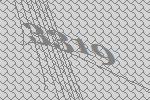
3319